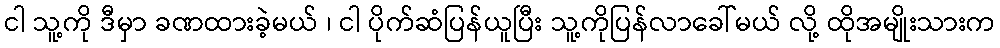
ငါ သူ့ကို ဒီမှာ ခဏထားခဲ့မယ် ၊ ငါ ပိုက်ဆံပြန်ယူပြီး သူ့ကိုပြန်လာခေါ်မယ် လို့ ထိုအမျိုးသားက